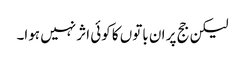
لیکن جج پر ان باتوں کا کوئی اثر نہیں ہوا۔